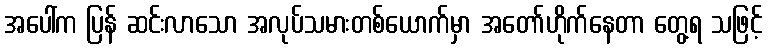
အပေါ်က ပြန် ဆင်းလာသော အလုပ်သမားတစ်ယောက်မှာ အတော်ဟိုက်နေတာ တွေ့ရ သဖြင့်